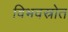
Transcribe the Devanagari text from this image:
विभवस्रोत